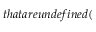
t h a t a r e u n d e f i n e d (